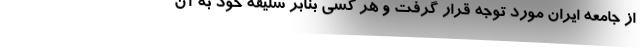
از جامعه ایران مورد توجه قرار گرفت و هر کسی بنابر سلیقه خود به آن